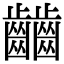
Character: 𪙹